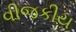
વીજકીય